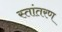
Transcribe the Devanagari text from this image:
स्तांतरण